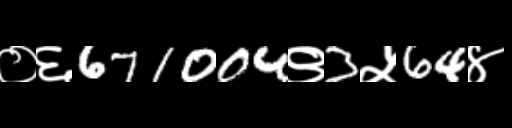
Text: ०६671004९3५64४